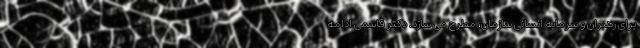
برای رهبران و سرمایه انسانی سازمان، مطرح می سازد. دکتر قاسمی ادامه